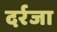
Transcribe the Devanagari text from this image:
दर्रजा